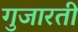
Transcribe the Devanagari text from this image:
गुजारती